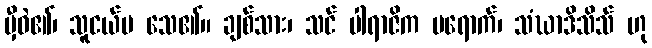
မှီဝဲ၏၊ သူငယ်မ သေ၏။ ချစ်သား၊ သင် ပါရာဇိက မရောက်၊ သံဃာဒိသိသ် ဟု